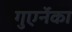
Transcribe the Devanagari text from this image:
गुएर्नेका